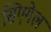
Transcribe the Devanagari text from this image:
सिएगेल